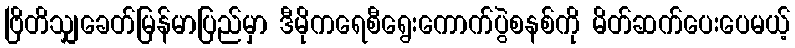
ဗြိတိသျှခေတ်မြန်မာပြည်မှာ ဒီမိုကရေစီရွေးကောက်ပွဲစနစ်ကို မိတ်ဆက်ပေးပေမယ့်